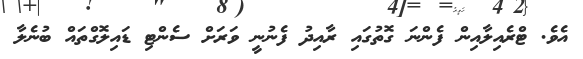
އެވެ. ޓްރެއިލާއިން ފެންނަ ގޮތުގައި ރާއިދު ފެނުނީ ވަރަށް ސެންޓި ޑައިލޮގްތައް ބުނެލާ